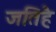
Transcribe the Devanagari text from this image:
जतिहै